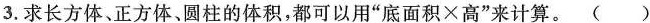
3.求长方体、正方体、圆柱的体积，都可以用”底面积×高”来计算。()